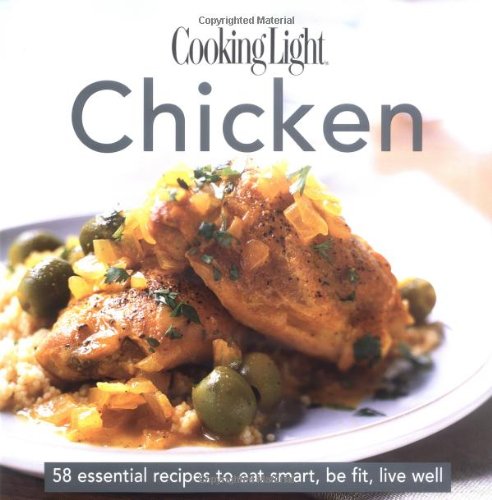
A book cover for Cooking Light Cook's Essential Recipe Collection -- Chicken: 58 essential recipes to eat smart, be fit, live well (the Cooking Light.cook's ESSENTIAL RECIPE COLLECTION); Cooking Light Magazine; Cookbooks, Food & Wine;